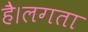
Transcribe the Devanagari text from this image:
है।लगता